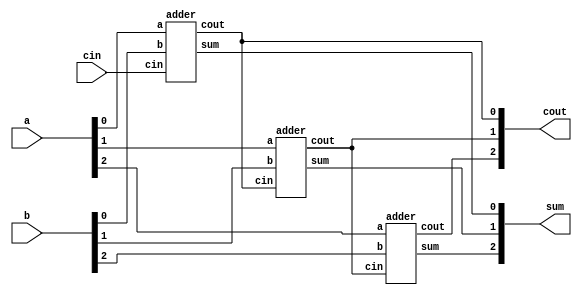
module top_module( 
    input [2:0] a, b,
    input cin,
    output [2:0] cout,
    output [2:0] sum 
);

adder u1_adder(
    .a    (a[0]     ),
    .b    (b[0]     ),
    .cin  (cin      ),
    .cout (cout[0]  ),
    .sum  (sum[0]   )
);

adder u2_adder(
    .a    (a[1]     ),
    .b    (b[1]     ),
    .cin  (cout[0]  ),
    .cout (cout[1]  ),
    .sum  (sum[1]   )
);

adder u3_adder(
    .a    (a[2]     ),
    .b    (b[2]     ),
    .cin  (cout[1]  ),
    .cout (cout[2]  ),
    .sum  (sum[2]   )
);

endmodule

module adder(
    input a, b, cin,
    output cout, sum
);

assign {cout, sum} = a + b + cin;

endmodule